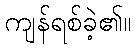
ကျန်ရစ်ခဲ့၏။